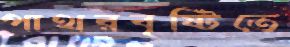
পাথরবৃষ্টিতে